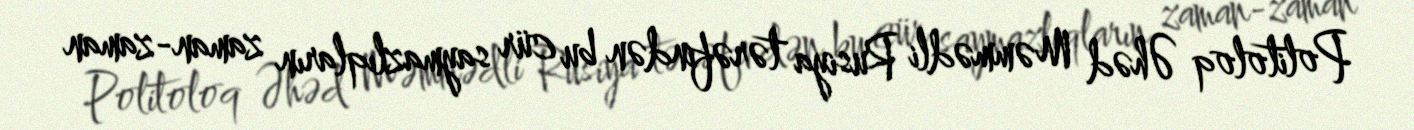
Politoloq Əhəd Məmmədli Rusiya tərəfindən bu cür saymazlıqların zaman-zaman